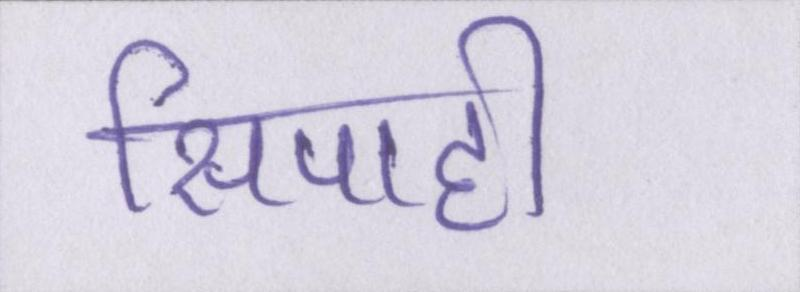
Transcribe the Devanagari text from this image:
सिपाही